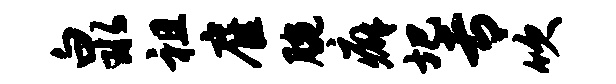
泉祖雇腕癖圯专吹